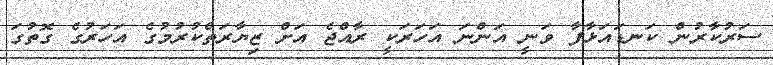
ސަރުކާރުން ކަނޑައަޅާފާ ވަނީ އަންނަ އަހަރަކީ ރާއްޖެ އަށް ޒިޔާރަތްކުުރުމުގެ އަހަރުގެ ގޮތުގަ